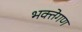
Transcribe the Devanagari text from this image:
भक्तेगण